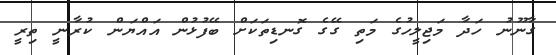
ގާނޫނު ހަދާ މަޖިލީހުގެ މަތި ގޭގެ ގޮނޑިތަކަށް ބޭފުޅުން އައްޔަން ކުރާނީ ތިރީ